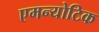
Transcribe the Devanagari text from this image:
एमन्योटिक